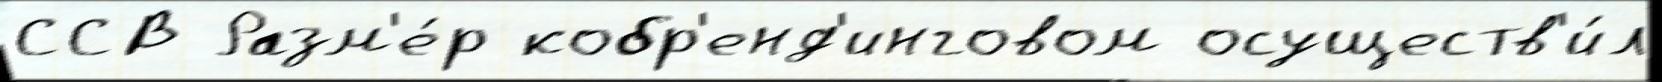
ССВ Разм'е́р кобр'енд'инговом осуществ'и́л